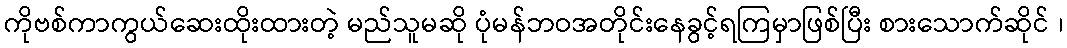
ကိုဗစ်ကာကွယ်ဆေးထိုးထားတဲ့ မည်သူမဆို ပုံမန်ဘဝအတိုင်းနေခွင့်ရကြမှာဖြစ်ပြီး စားသောက်ဆိုင် ၊